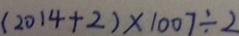
( 2 0 1 4 + 2 ) \times 1 0 0 7 \div 2